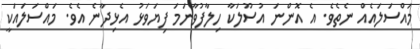
މައްސަލައެއް ނެތެވެ. އެ އޮންނަ އުސޫލަކާ ހިލާފުވާނަމަ ފިޔަވަޅު އެޅިދާނެ އެވެ. މައްސަލައަކީ